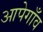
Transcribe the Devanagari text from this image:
आपेगाँव